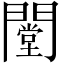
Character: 闛